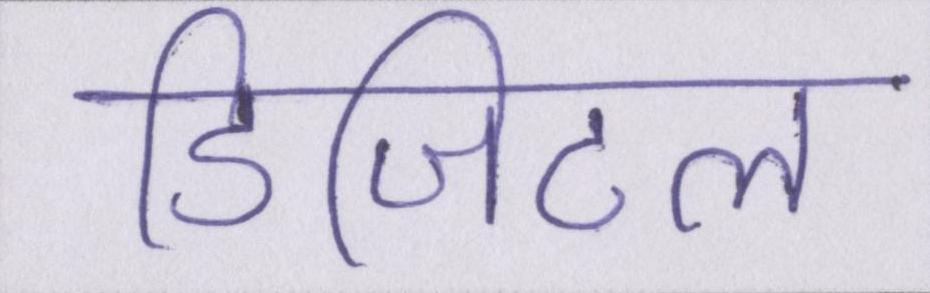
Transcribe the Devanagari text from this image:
डिजिटल